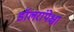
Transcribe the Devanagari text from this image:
डॉलरांपेक्षा